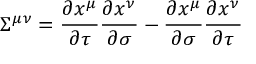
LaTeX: { \Sigma } ^ { \mu \nu } = \frac { \partial x ^ { \mu } } { \partial \tau } \frac { \partial x ^ { \nu } } { \partial \sigma } - \frac { \partial x ^ { \mu } } { \partial \sigma } \frac { \partial x ^ { \nu } } { \partial \tau }